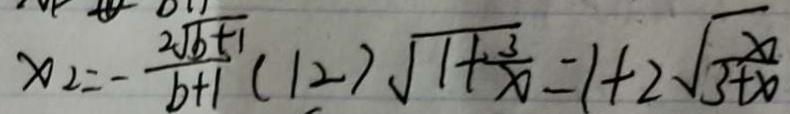
x _ { 2 } = - \frac { 2 \sqrt { b + 1 } } { b + 1 } ( 1 2 ) \sqrt { 1 + \frac { 3 } { x } } = 1 + 2 \sqrt { \frac { x } { 3 + x } }